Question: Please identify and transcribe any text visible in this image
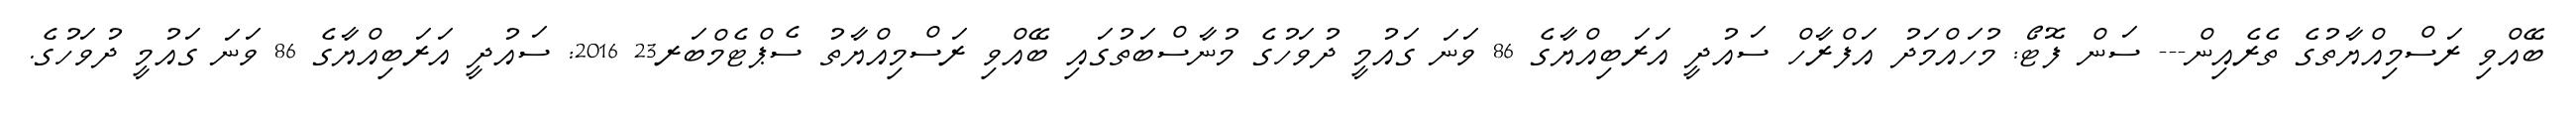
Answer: ބޭއްވި ރަސްމިއްޔާތުގެ ތެރެއިން--- ސަން ފޮޓޯ: މުހައްމަދު އަފްރާހް ސައުދީ އަރަބިއްޔާގެ 86 ވަނަ ގައުމީ ދުވަހުގެ މުނާސްބަތުގައި ބޭއްވި ރަސްމިއްޔާތު ސެޕްޓެމްބަރ23 2016: ސައުދީ އަރަބިއްޔާގެ 86 ވަނަ ގައުމީ ދުވަހުގެ.